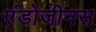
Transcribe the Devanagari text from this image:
एंडोजीनस